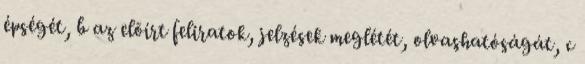
épségét, b az elõírt feliratok, jelzések meglétét, olvashatóságát, c